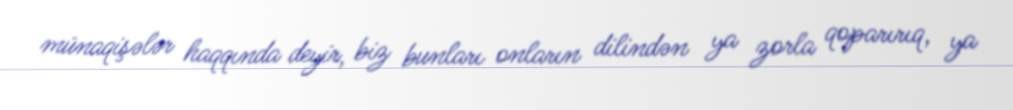
münaqişələr haqqında deyir, biz bunları onların dilindən ya zorla qoparırıq, ya